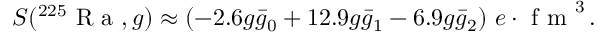
\begin{array} { r } { S ( ^ { 2 2 5 } \mathrm { ~ R ~ a ~ } , g ) \approx ( - 2 . 6 g \bar { g } _ { 0 } + 1 2 . 9 g \bar { g } _ { 1 } - 6 . 9 g \bar { g } _ { 2 } ) \ e \cdot \mathrm { ~ f ~ m ~ } ^ { 3 } \, . } \end{array}